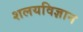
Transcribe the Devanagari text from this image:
शलयविज्ञान